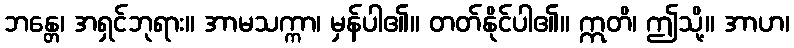
ဘန္တေ၊ အရှင်ဘုရား။ အာမသက္ကာ၊ မှန်ပါ၏။ တတ်နိုင်ပါ၏။ ဣတိ၊ ဤသို့။ အာဟ၊